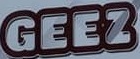
GEEZ